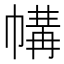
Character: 㡚